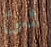
شئ